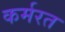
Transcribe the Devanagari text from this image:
कर्मरत